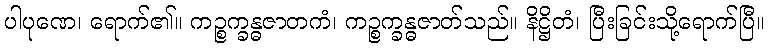
ပါပုဏေ၊ ရောက်၏။ ကဉ္စက္ခန္ဓဇာတကံ၊ ကဉ္စက္ခန္ဓဇာတ်သည်။ နိဋ္ဌိတံ၊ ပြီးခြင်းသို့ရောက်ပြီ။